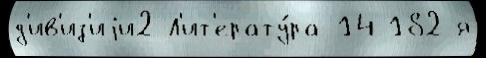
д'ив'из'иjи2 Л'ит'ерату́ра 14 182-я